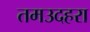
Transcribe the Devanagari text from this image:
तमउदहरा